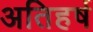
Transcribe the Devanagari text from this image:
अतिहर्ष